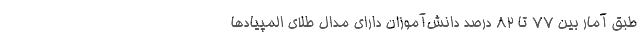
طبق آمار بین ۷۷ تا ۸۲ درصد دانش‌آموزان دارای مدال طلای المپیادها